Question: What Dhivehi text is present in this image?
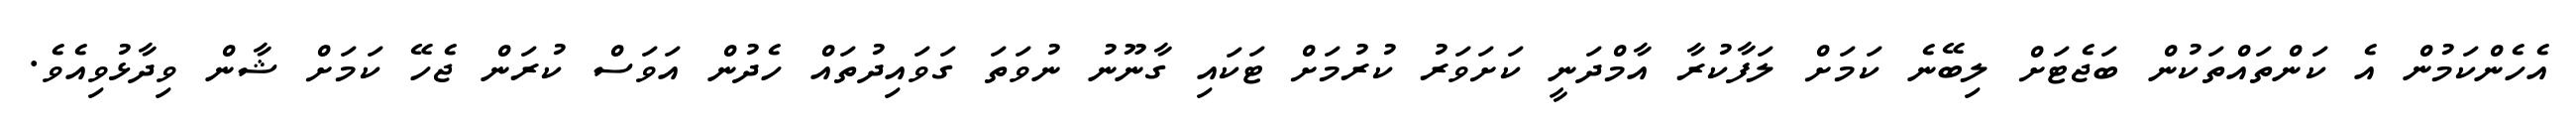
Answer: އެހެންކަމުން އެ ކަންތައްތަކުން ބަޖެޓަށް ލިބޭނެ ކަމަށް ލަފާކުރާ އާމްދަނީ ކަށަވަރު ކުރުމަށް ޓަކައި ގާނޫނު ނުވަތަ ގަވައިދުތައް ހެދުން އަވަސް ކުރަން ޖެހޭ ކަމަށް ޝާން ވިދާޅުވިއެވެ.